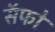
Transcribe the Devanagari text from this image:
सॅफो